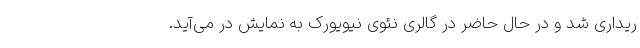
ریداری شد و در حال حاضر در گالری نئوی نیویورک به نمایش در می‌آید.